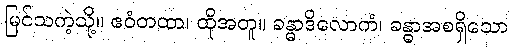
မြင်သကဲ့သို့။ ဧဝံတထာ၊ ထိုအတူ။ ခန္ဓာဒိလောကံ၊ ခန္ဓာအစရှိသော